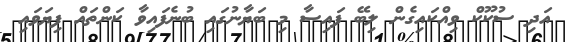
އަދި ސުކޫކް ވިއްކައިގެން ލިބޭ ފައިސާ މި ބަޔާނުގައި ބުނެފައިވާ ކަންތައް ފިޔަވައި